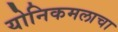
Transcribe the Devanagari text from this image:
योनिकमलाचा